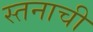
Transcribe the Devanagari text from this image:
स्तनाची